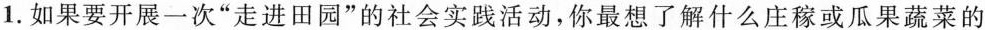
1.如果要开展一次”走进田园”的社会实践活动，你最想了解什么庄稼或瓜果蔬菜的